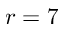
r = 7